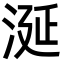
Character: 涎